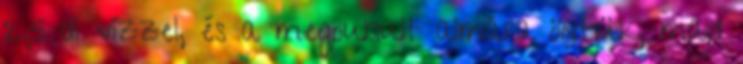
2,5 dl vízzel, és a megpuhult almára öntjük, majd